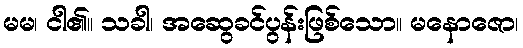
မမ၊ ငါ၏။ သခါ၊ အဆွေခင်ပွန်းဖြစ်သော။ မနောဇော၊